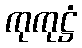
ကုကုဋ္ဌံ